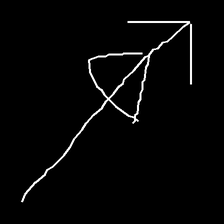
Glyph: pull